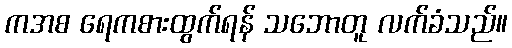
ကအစ ရေကစားထွက်ရန် သဘောတူ လက်ခံသည်။